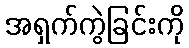
အရှက်ကွဲခြင်းကို